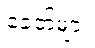
ခေတ်များ